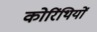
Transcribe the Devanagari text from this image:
कोरिंथियों